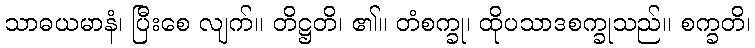
သာဓယမာနံ၊ ပြီးစေ လျက်။ တိဋ္ဌတိ၊ ၏။ တံစက္ခု၊ ထိုပသာဒစက္ခုသည်။ စက္ခတိ၊